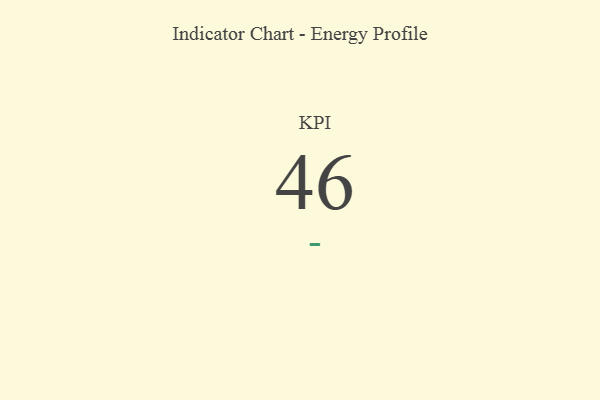
{"axis": {"x": "KPI", "y": "Value"}, "legend": [""], "data": [{"x": "KPI", "y": 46, "type": ""}]}